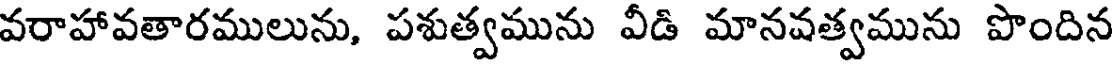
వరాహావతారములును, పశుత్వమును వీడి మానవత్వమును పొందిన